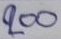
200